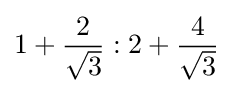
1+{\frac {2}{\sqrt {3}}}:2+{\frac {4}{\sqrt {3}}}